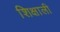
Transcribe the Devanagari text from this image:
शिक्षाली